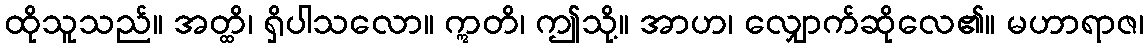
ထိုသူသည်။ အတ္ထိ၊ ရှိပါသလော။ ဣတိ၊ ဤသို့။ အာဟ၊ လျှောက်ဆိုလေ၏။ မဟာရာဇ၊